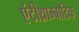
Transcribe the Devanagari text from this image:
एंटीथ्राम्बोटिक